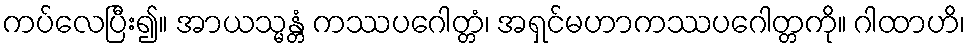
ကပ်လေပြီး၍။ အာယသ္မန္တံ ကဿပဂေါတ္တံ၊ အရှင်မဟာကဿပဂေါတ္တကို။ ဂါထာဟိ၊